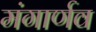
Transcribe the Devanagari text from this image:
मंगार्णव